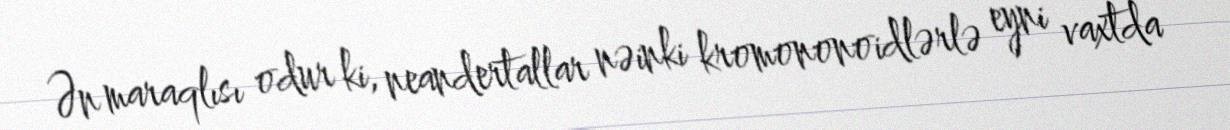
Ən maraqlısı odur ki, neandertallar nəinki kromononoidlərlə eyni vaxtda